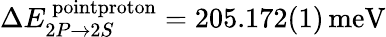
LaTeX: \Delta E_{2P\rightarrow 2S}^{\, \textrm{pointproton}}=205.172(1)\, \textrm{meV}